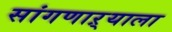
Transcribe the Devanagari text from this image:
सांगणाऱ्याला